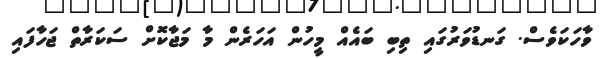
ވާހަކަވެސް. ގަނޑުވަރުގައި ތިބި ބައެއް މީހުން އަހަރެން މާ މަޖާކޮށް ސަކަރާތް ޖަހާފައި